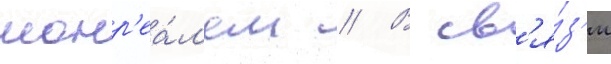
монр'еа́л'ем // В св'я́з'и